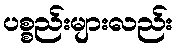
ပစ္စည်းများလည်း